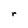
Character: r